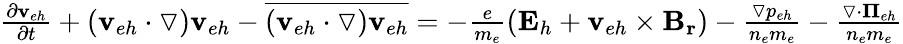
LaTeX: \begin{array}{r}{\frac{\partial\mathbf{v}_{eh}}{\partial t}+(\mathbf{v}_{eh}\cdot\triangledown)\mathbf{v}_{eh}-\overline{{(\mathbf{v}_{eh}\cdot\triangledown)\mathbf{v}_{eh}}}=-\frac{e}{m_{e}}(\mathbf{E}_{h}+\mathbf{v}_{eh}\times\mathbf{B_{r}})-\frac{\triangledown p_{eh}}{n_{e}m_{e}}-\frac{\triangledown\cdot{\mathbf\Pi}_{eh}}{n_{e}m_{e}}}\end{array}